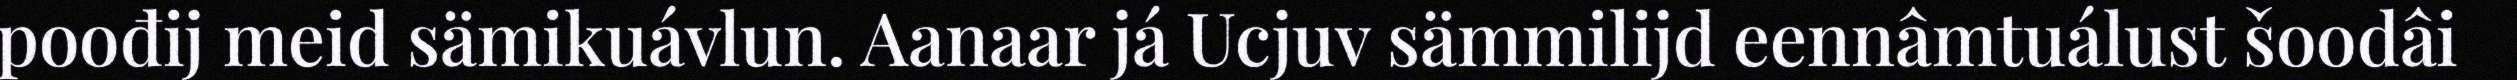
poođij meid sämikuávlun. Aanaar já Ucjuv sämmilijd eennâmtuálust šoodâi